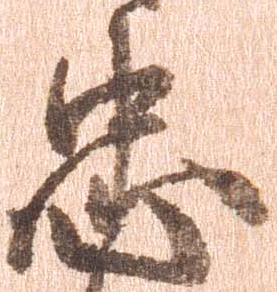
忠